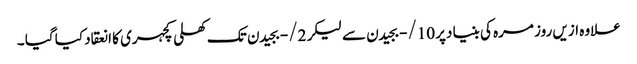
علاوہ ازیں روز مرہ کی بنیا دپر 10/- بجیدن سے لیکر 2/- بجیدن تک کھلی کچہری کا انعقاد کیا گیا ۔